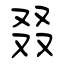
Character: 叕